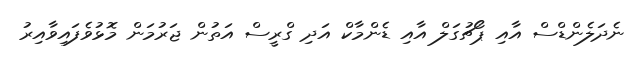
ނެދަލެންޑްސް އާއި ޕޯޗުގަލް އާއި ޑެންމާކް އަދި ގްރީސް އަތުން ޖަރުމަން މޮޅުވެފައިވާއިރު